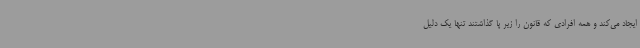
ایجاد می‌کند و همه افرادی که قانون را زیر پا گذاشتند تنها یک دلیل